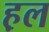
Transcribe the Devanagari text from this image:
ह़ल